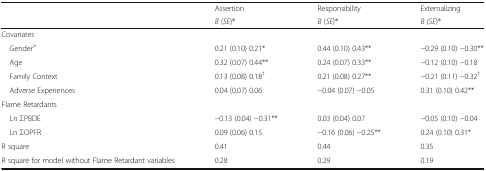
| <ROWSPAN=2>  | Assertion | Responsibility | Externalizing |
 | B (SE)® | B (SE)® | B (SE)® |
 | --- | --- | --- | --- |
 | <COLSPAN=4> Covariates |
 | Gendera | 0.21 (0.10) 0.21* | 0.44 (0.10) 0.43** | −0.29 (0.10) −0.30** |
 | Age | 0.32 (0.07) 0.44** | 0.24 (0.07) 0.33** | −0.12 (0.10) −0.18 |
 | Family Context | 0.13 (0.08) 0.18† | 0.21 (0.08) 0.27** | −0.21 (0.11) −0.32† |
 | Adverse Experiences | 0.04 (0.07) 0.06 | −0.04 (0.07) −0.05 | 0.31 (0.10) 0.42** |
 | <COLSPAN=4> Flame Retardants |
 | Ln ΣPBDE | −0.13 (0.04) −0.31** | 0.03 (0.04) 0.07 | −0.05 (0.10) −0.04 |
 | Ln ΣOPFR | 0.09 (0.06) 0.15 | −0.16 (0.06) −0.25** | 0.24 (0.10) 0.31* |
 | R square | 0.41 | 0.44 | 0.35 |
 | R square for model without Flame Retardant variables | 0.28 | 0.29 | 0.19 |